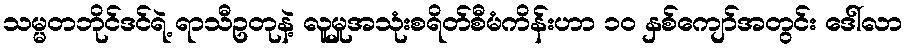
သမ္မတဘိုင်ဒင်ရဲ့ ရာသီဥတုနဲ့ လူမှုအသုံးစရိတ်စီမံကိန်းဟာ ၁၀ နှစ်ကျော်အတွင်း ဒေါ်လာ